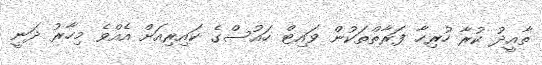
ތާއީދު ކުރާ ހުރިހާ ފަރާތްތަކުން ވައިޓް ހައުސްގެ ކައިރިއަށް އެއްވެ މިހާރު ދަނީ